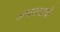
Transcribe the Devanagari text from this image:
अपराधाचे